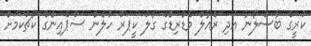
ކުރީގެ ބާސެލޯނާ އަދި ރެއާލް މެޑްރިޑްގެ ގޯލު ކީޕަރު ހުލެން ސުޕެއިންގެ ކޯޗުކަމަށް